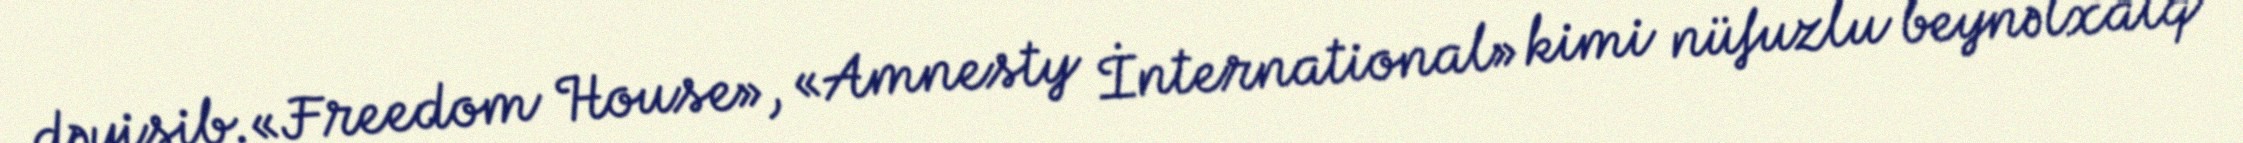
dəyişib.«Freedom House», «Amnesty İnternational» kimi nüfuzlu beynəlxalq